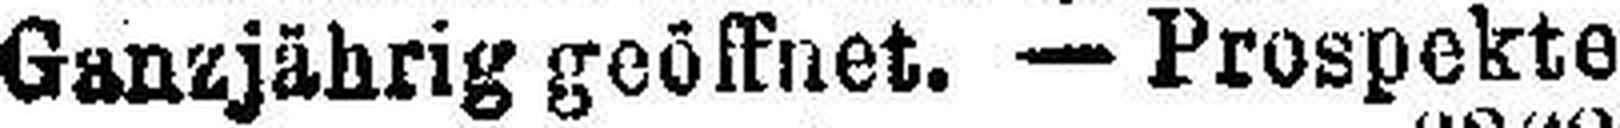
Ganzjährig geöffnet. — Prospekte